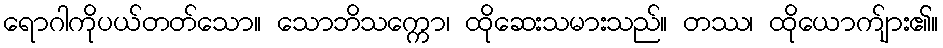
ရောဂါကိုပယ်တတ်သော။ သောဘိသက္ကော၊ ထိုဆေးသမားသည်။ တဿ၊ ထိုယောက်ျား၏။